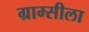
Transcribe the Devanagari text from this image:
ग्राम्सीला